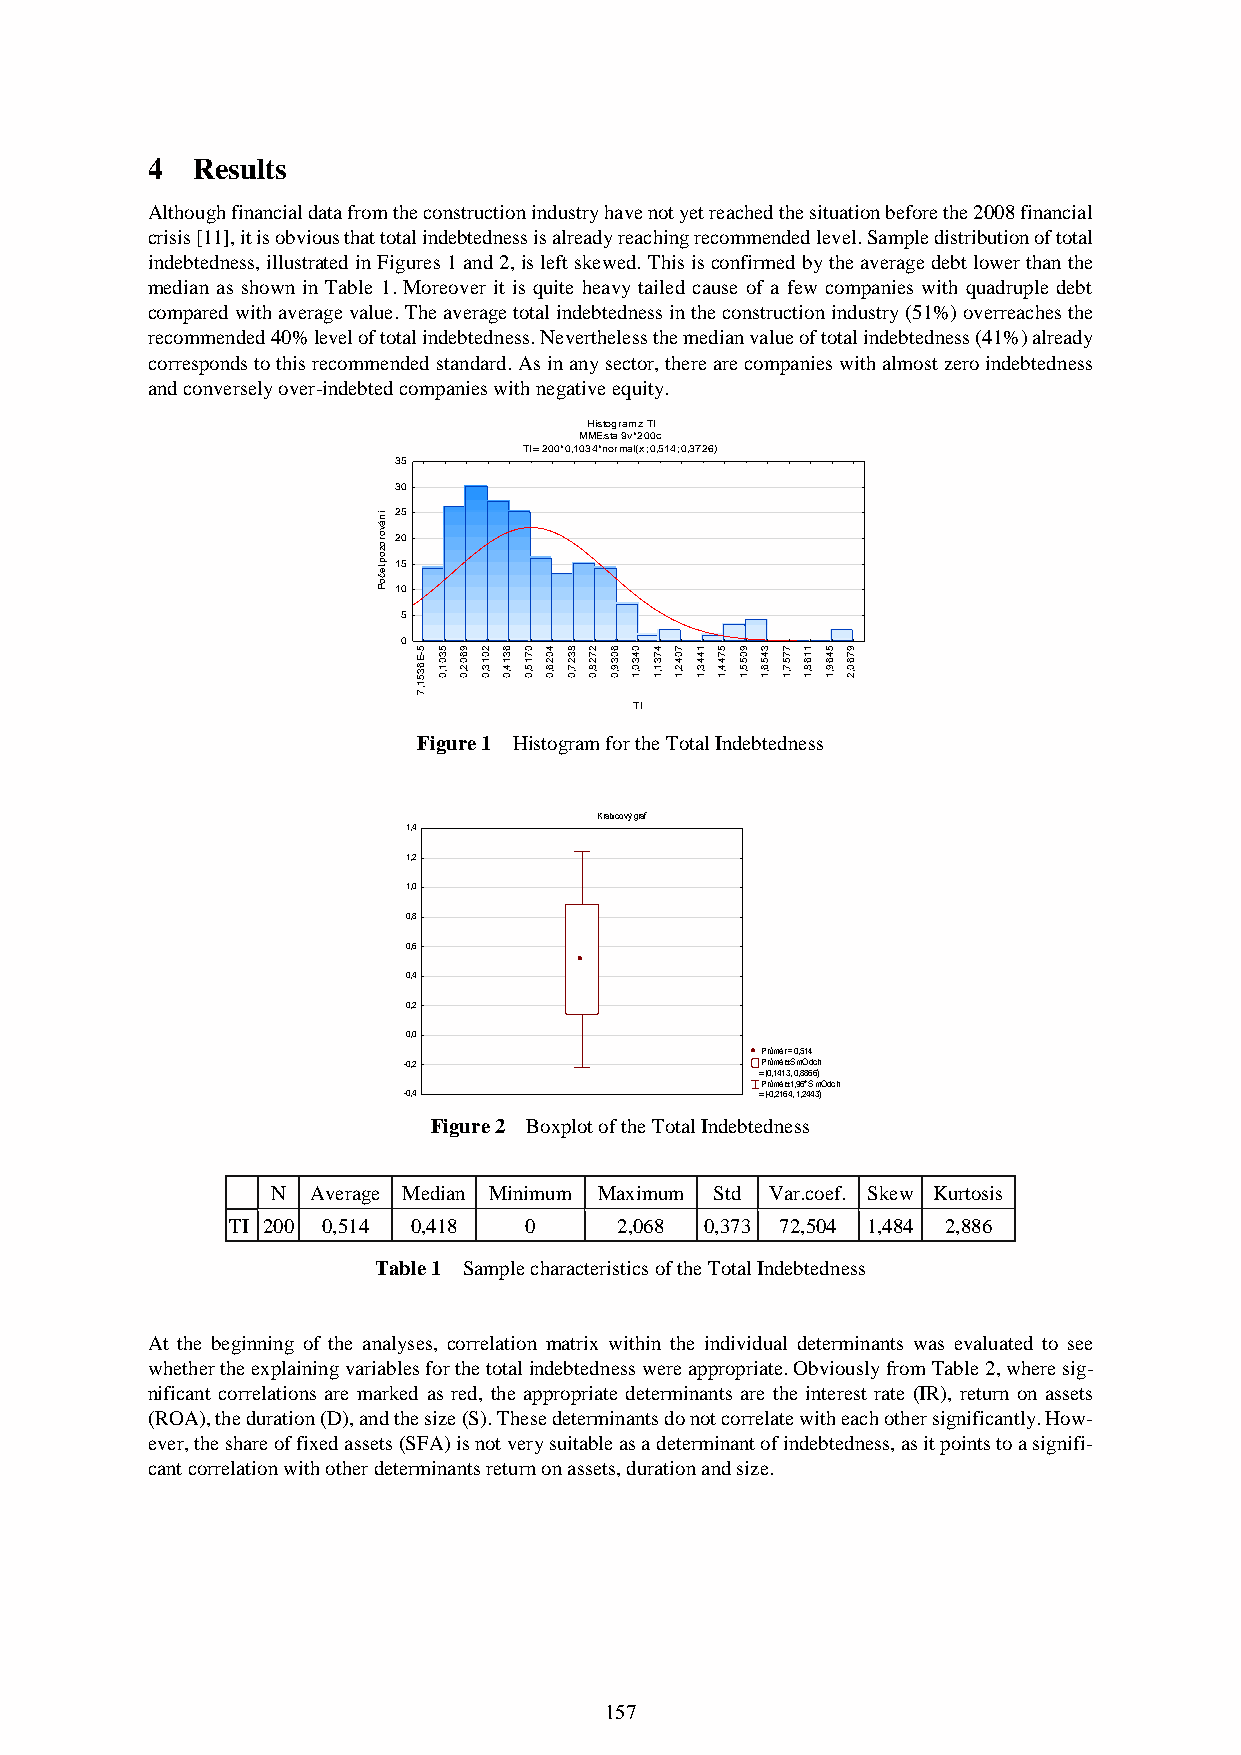
4  Results
 Although financial data from the construction industry have not yet reached the situation before the 2008 financial
 crisis [11], it is obvious that total indebtedness is already reaching recommended level. Sample distribution of total
 indebtedness, illustrated in Figures 1 and 2, is left skewed. This is confirmed by the average debt lower than the
 median as shown in Table 1. Moreover it is quite heavy tailed cause of a few companies with quadruple debt
 compared with average value. The average total indebtedness in the construction industry (51%) overreaches the
 recommended 40% level of total indebtedness. Nevertheless the median value of total indebtedness (41%) already
 corresponds to this recommended standard. As in any sector, there are companies with almost zero indebtedness
 and conversely over-indebted companies with negative equity.
 Histogram z TI
 MME.sta 9v*200c
 TI = 200*0,1034*normal(x; 0,514; 0,3726)
 35
 30
 Počet
 pozorování 1122 0505
 5
 0
 7,1536E-5 0,1035 0,2069 0,3102 0,4136 0,5170 0,6204 0,7238 0,8272 0,9306 1,0340 1,1374 1,2407 1,3441 1,4475 1,5509 1,6543 1,7577 1,8611 1,9645 2,0679
 TI
 Figure 1 Histogram for the Total Indebtedness
 Krabicový graf
 1,4
 1,2
 1,0
 0,8
 0,6
 0,4
 0,2
 0,0
 Průměr = 0,514
 -0,2                   Průměr±SmOdch
 = (0,1413, 0,8866)
 -0,4
 =P (-r 0ů ,m 21ě 6r± 41
 ,
 , 19 ,6 2* 4S 43m )Odch
 Figure 2 Boxplot of the Total Indebtedness
 N  Average Median Minimum Maximum Std Var.coef. Skew Kurtosis
 TI 200 0,514 0,418  0     2,068 0,373 72,504 1,484 2,886
 Table 1 Sample characteristics of the Total Indebtedness
 At the beginning of the analyses, correlation matrix within the individual determinants was evaluated to see
 whether the explaining variables for the total indebtedness were appropriate. Obviously from Table 2, where sig-
 nificant correlations are marked as red, the appropriate determinants are the interest rate (IR), return on assets
 (ROA), the duration (D), and the size (S). These determinants do not correlate with each other significantly. How-
 ever, the share of fixed assets (SFA) is not very suitable as a determinant of indebtedness, as it points to a signifi-
 cant correlation with other determinants return on assets, duration and size.
 157